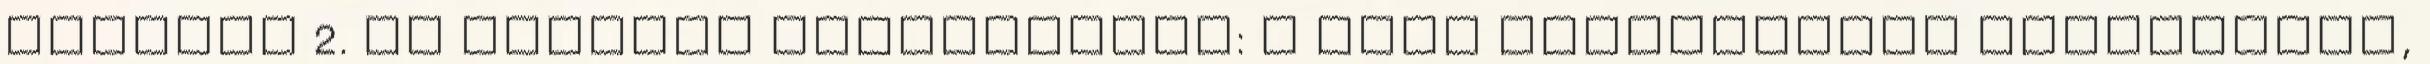
lépések 2. Az érdekek feltárására: a jövő pozícióinak tisztázása,